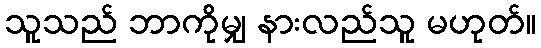
သူသည် ဘာကိုမျှ နားလည်သူ မဟုတ်။